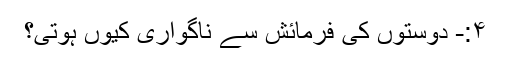
۴:- دوستوں کی فرمائش سے ناگواری کیوں ہوتی؟